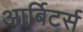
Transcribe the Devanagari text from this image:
आर्बिटर्स